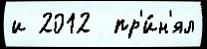
и 2012  пр'и́н'ял